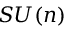
S U ( n )